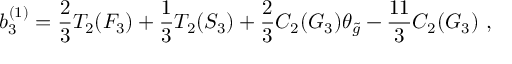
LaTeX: b _ { 3 } ^ { ( 1 ) } = { \frac { 2 } { 3 } } T _ { 2 } ( F _ { 3 } ) + { \frac { 1 } { 3 } } T _ { 2 } ( S _ { 3 } ) + { \frac { 2 } { 3 } } C _ { 2 } ( G _ { 3 } ) \theta _ { \tilde { g } } - { \frac { 1 1 } { 3 } } C _ { 2 } ( G _ { 3 } ) \ ,